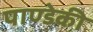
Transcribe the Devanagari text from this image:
पाण्डेकी